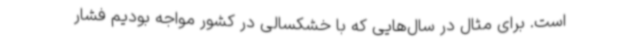
است. برای مثال در سال‌هایی که با خشکسالی در کشور مواجه بودیم فشار